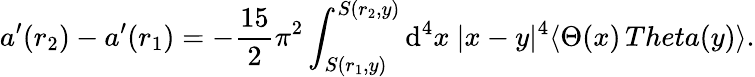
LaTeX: a^{\prime}(r_{2})-a^{\prime}(r_{1})=-\frac{15}{2}\pi^{2}\int_{S(r_{1},y)}^{S(r_{2},y)}\mathrm{d}^{4}x\ |x-y|^{4}\langle\Theta(x)\, Theta(y)\rangle.